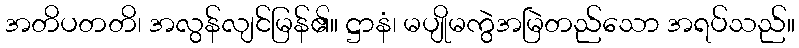
အတိပတတိ၊ အလွန်လျင်မြန်၏။ ဋ္ဌာနံ၊ မပျိုမကွဲအမြဲတည်သော အရပ်သည်။